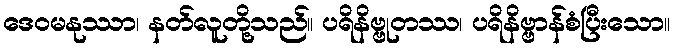
ဒေဝမနုဿာ၊ နတ်လူတို့သည်။ ပရိနိဗ္ဗုတဿ၊ ပရိနိဗ္ဗာန်စံပြီးသော။